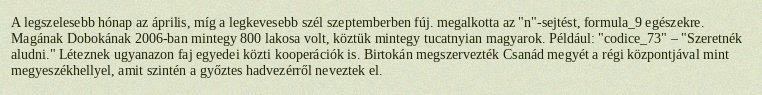
A legszelesebb hónap az április, míg a legkevesebb szél szeptemberben fúj. megalkotta az "n"-sejtést, formula_9 egészekre. Magának Dobokának 2006-ban mintegy 800 lakosa volt, köztük mintegy tucatnyian magyarok. Például: "codice_73" – "Szeretnék aludni." Léteznek ugyanazon faj egyedei közti kooperációk is. Birtokán megszervezték Csanád megyét a régi központjával mint megyeszékhellyel, amit szintén a győztes hadvezérről neveztek el.